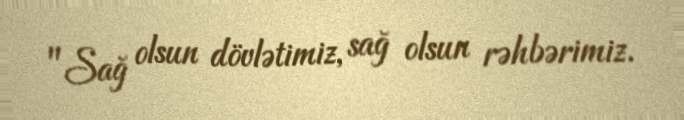
"Sağ olsun dövlətimiz, sağ olsun rəhbərimiz.